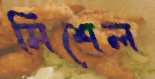
মিশেল